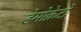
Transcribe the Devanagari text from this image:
डेमोक्रेटो